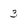
Character: 3